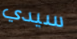
سيدي